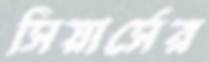
সিয়ার্সের